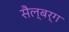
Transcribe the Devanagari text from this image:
सैल्बर्ग